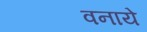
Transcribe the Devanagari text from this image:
वनाये